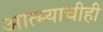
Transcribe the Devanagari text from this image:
आत्म्याचीही